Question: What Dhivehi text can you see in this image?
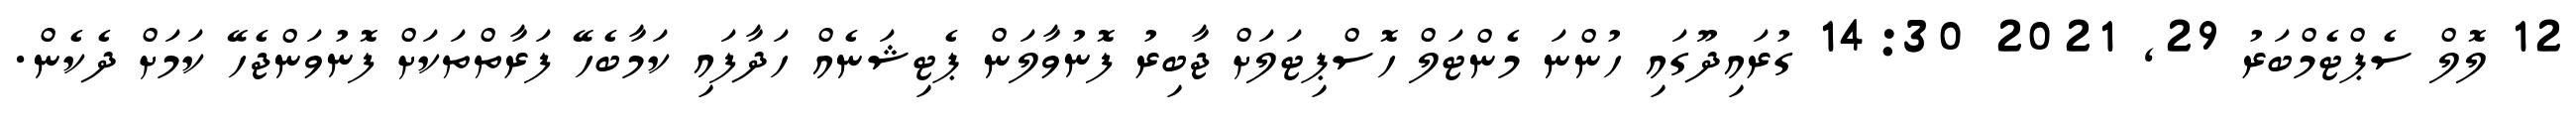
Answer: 12 ލޮލް ސެޕްޓެމްބަރު 29, 2021 14:30 ގުރައިދޫގައި ހުންނަ މެންޓަލް ހޮސްޕިޓަލަށް ޖާބިރު ފޮނުވާލަން ޕެޓިޝަނެއް ހަދާފައި ކަމާބެހޭ ފަރާތްތަކަށް ފޮނުވަންޖެހޭ ކަމަށް ދެކެން.